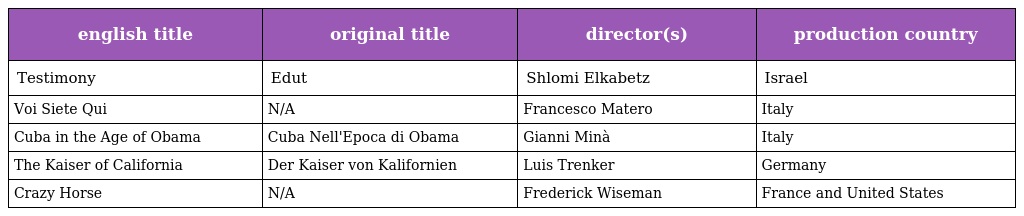
| english title | original title | director(s) | production country |
 | --- | --- | --- | --- |
 | Testimony | Edut | Shlomi Elkabetz | Israel |
 | Voi Siete Qui | N/A | Francesco Matero | Italy |
 | Cuba in the Age of Obama | Cuba Nell'Epoca di Obama | Gianni Minà | Italy |
 | The Kaiser of California | Der Kaiser von Kalifornien | Luis Trenker | Germany |
 | Crazy Horse | N/A | Frederick Wiseman | France and United States |